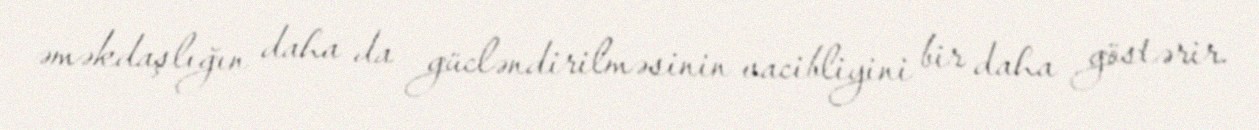
əməkdaşlığın daha da gücləndirilməsinin vacibliyini bir daha göstərir.